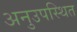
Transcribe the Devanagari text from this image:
अनुउपस्थित